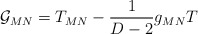
\begin{align*}{\cal G}_{MN}=T_{MN}-\frac {1}{D-2}g_{MN}T\end{align*}